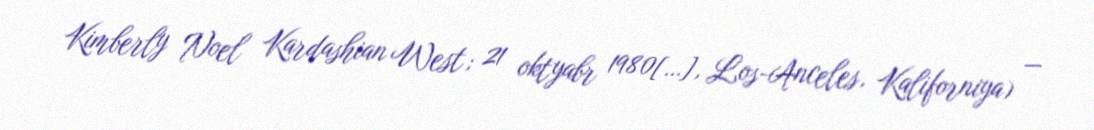
Kimberly Noel Kardashian West; 21 oktyabr 1980[…], Los-Anceles, Kaliforniya) —